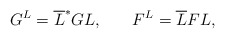
\begin{align*}G^L=\overline{L}^{*}GL,\hspace{0.3in}F^L=\overline{L}FL,\end{align*}